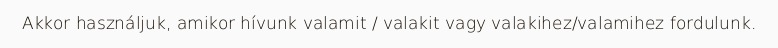
Akkor használjuk, amikor hívunk valamit / valakit vagy valakihez/valamihez fordulunk.